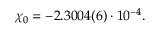
\begin{array} { r } { \chi _ { 0 } = - 2 . 3 0 0 4 ( 6 ) \cdot 1 0 ^ { - 4 } . } \end{array}